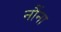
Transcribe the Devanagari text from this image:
नौंना